Problem: 5 × 8 = ?
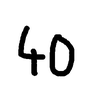
Handwritten answer: 40